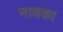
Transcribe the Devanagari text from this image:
नावका